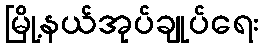
မြို့နယ်အုပ်ချုပ်ရေး